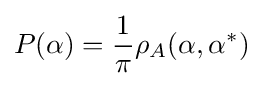
P(\alpha )={\frac {1}{\pi }}\rho _{A}(\alpha ,\alpha ^{*})